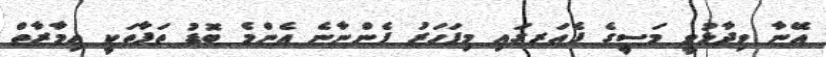
އޭނާ ވިދާޅުވީ މަސީގެ ފެއަރގައި މިފަހަރު ފެންނާނެ އެންމެ ބޮޑު ތަފާތަކީ އިމާރާތް